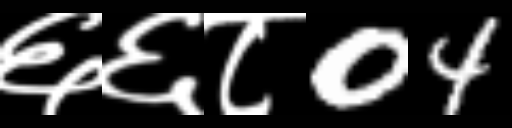
Text: ६६८04